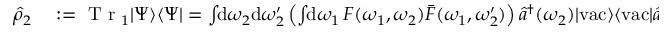
\begin{array} { r l } { \hat { \rho } _ { 2 } } & { { } : = \mathrm { ~ T ~ r ~ } _ { 1 } | \Psi \rangle \langle \Psi | = \int \! \! \mathrm { d } \omega _ { 2 } \mathrm { d } \omega _ { 2 } ^ { \prime } \left( \int \! \! \mathrm { d } \omega _ { 1 } \, F ( \omega _ { 1 } , \omega _ { 2 } ) \bar { F } ( \omega _ { 1 } , \omega _ { 2 } ^ { \prime } ) \right) \hat { a } ^ { \dagger } ( \omega _ { 2 } ) | \mathrm { v a c } \rangle \langle \mathrm { v a c } | \hat { a } ( \omega _ { 2 } ^ { \prime } ) } \end{array}